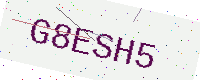
Text: G8ESH5